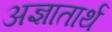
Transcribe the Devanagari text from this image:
अज्ञातार्थ